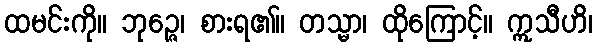
ထမင်းကို။ ဘုဉ္ဇေ၊ စားရ၏။ တသ္မာ၊ ထိုကြောင့်။ ဣသီဟိ၊